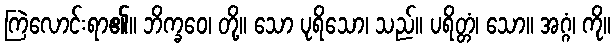
ကြဲလောင်းရာ၏။ ဘိက္ခဝေ၊ တို့။ သော ပုရိသော၊ သည်။ ပရိတ္တံ၊ သော။ အဂ္ဂံ၊ ကို။